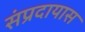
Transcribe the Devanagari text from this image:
संप्रदायास